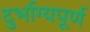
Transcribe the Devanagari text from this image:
दुर्भाग्‍यपूर्ण